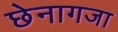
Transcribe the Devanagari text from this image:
छेनागजा